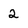
Character: 2